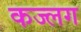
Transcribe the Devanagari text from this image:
कज्लग